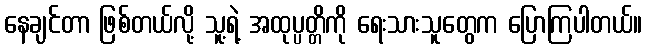
နေချင်တာ ဖြစ်တယ်လို့ သူ့ရဲ့ အထုပ္ပတ္တိကို ရေးသားသူတွေက ပြောကြပါတယ်။